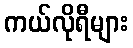
ကယ်လိုရီများ